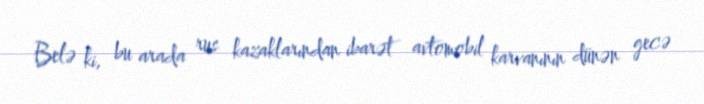
Belə ki, bu arada rus kazaklarından ibarət avtomobil karvanının dünən gecə